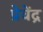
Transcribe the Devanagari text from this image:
प्रेवेंद्र